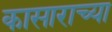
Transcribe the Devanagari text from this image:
कासाराच्या